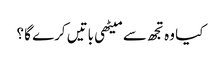
کیا وہ تجھ سے میٹھی باتیں کرے گا ؟